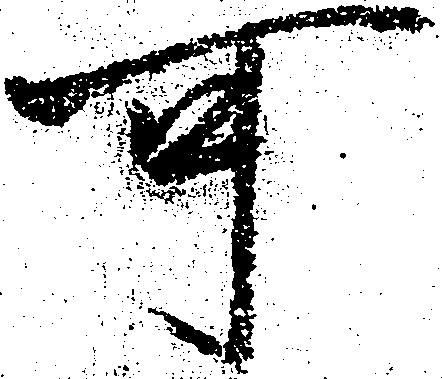
可